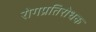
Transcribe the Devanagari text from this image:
रोगप्रतिरोधक